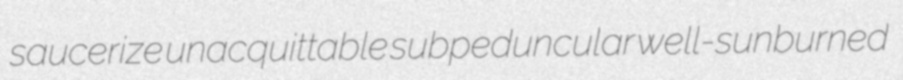
saucerize unacquittable subpeduncular well-sunburned